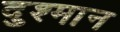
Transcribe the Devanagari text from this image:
दुश्मान